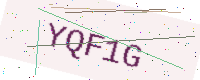
Text: YQF1G